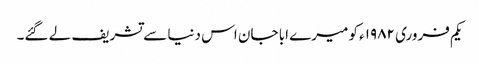
یکم فروری ۱۹۸۲ء کو میرے ابا جان اس دنیا سے تشریف لے گئے۔